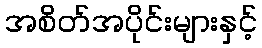
အစိတ်အပိုင်းများနှင့်